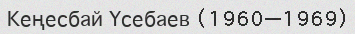
Кеңесбай Үсебаев (1960—1969)